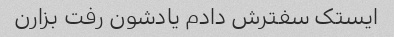
ایستک سفترش دادم یادشون رفت بزارن